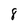
Character: 8